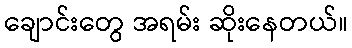
ချောင်းတွေ အရမ်း ဆိုးနေတယ်။